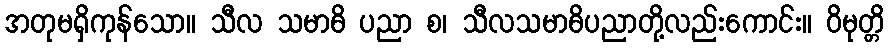
အတုမရှိကုန်သော။ သီလ သမာဓိ ပညာ စ၊ သီလသမာဓိပညာတို့လည်းကောင်း။ ဝိမုတ္တိ